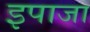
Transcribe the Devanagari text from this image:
इपाजा